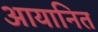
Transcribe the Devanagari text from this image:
आयानित